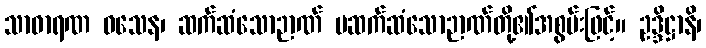
သာဓာရဏ ဝသေန၊ ဆက်ဆံသောဉာဏ် မဆက်ဆံသောဉာဏ်တို့၏အစွမ်းဖြင့်။ ဥဒ္ဒိဋ္ဌာနိ၊